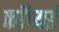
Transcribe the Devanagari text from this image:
काँप्यई